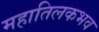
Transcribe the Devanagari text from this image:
महातिलकभव